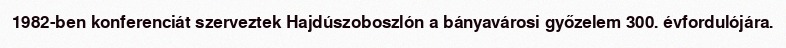
1982-ben konferenciát szerveztek Hajdúszoboszlón a bányavárosi győzelem 300. évfordulójára.